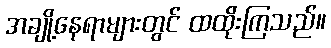
အချို့နေရာများတွင် ထထိုးကြသည်။